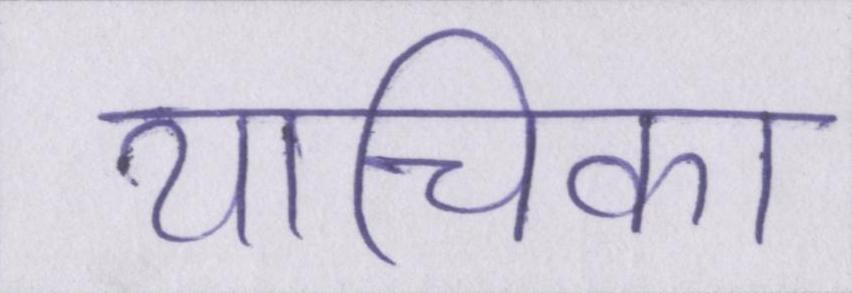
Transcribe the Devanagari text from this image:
याचिका